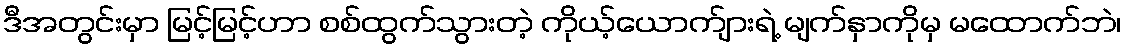
ဒီအတွင်းမှာ မြင့်မြင့်ဟာ စစ်ထွက်သွားတဲ့ ကိုယ့်ယောက်ျားရဲ့ မျက်နှာကိုမှ မထောက်ဘဲ၊